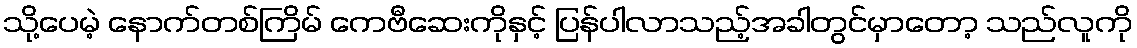
သို့ပေမဲ့ နောက်တစ်ကြိမ် ကေဗီဆေးကိုနှင့် ပြန်ပါလာသည့်အခါတွင်မှာတော့ သည်လူကို